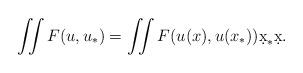
LaTeX: \begin{align*}\iint F(u,u_*) = \iint F(u(x),u(x_*)) \d x_* \d x.\end{align*}